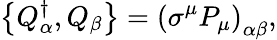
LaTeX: \left\{ Q_{\alpha}^{\dagger},Q_{\beta}\right\} =\left(\sigma^{\mu}P_{\mu}\right)_{\alpha\beta},